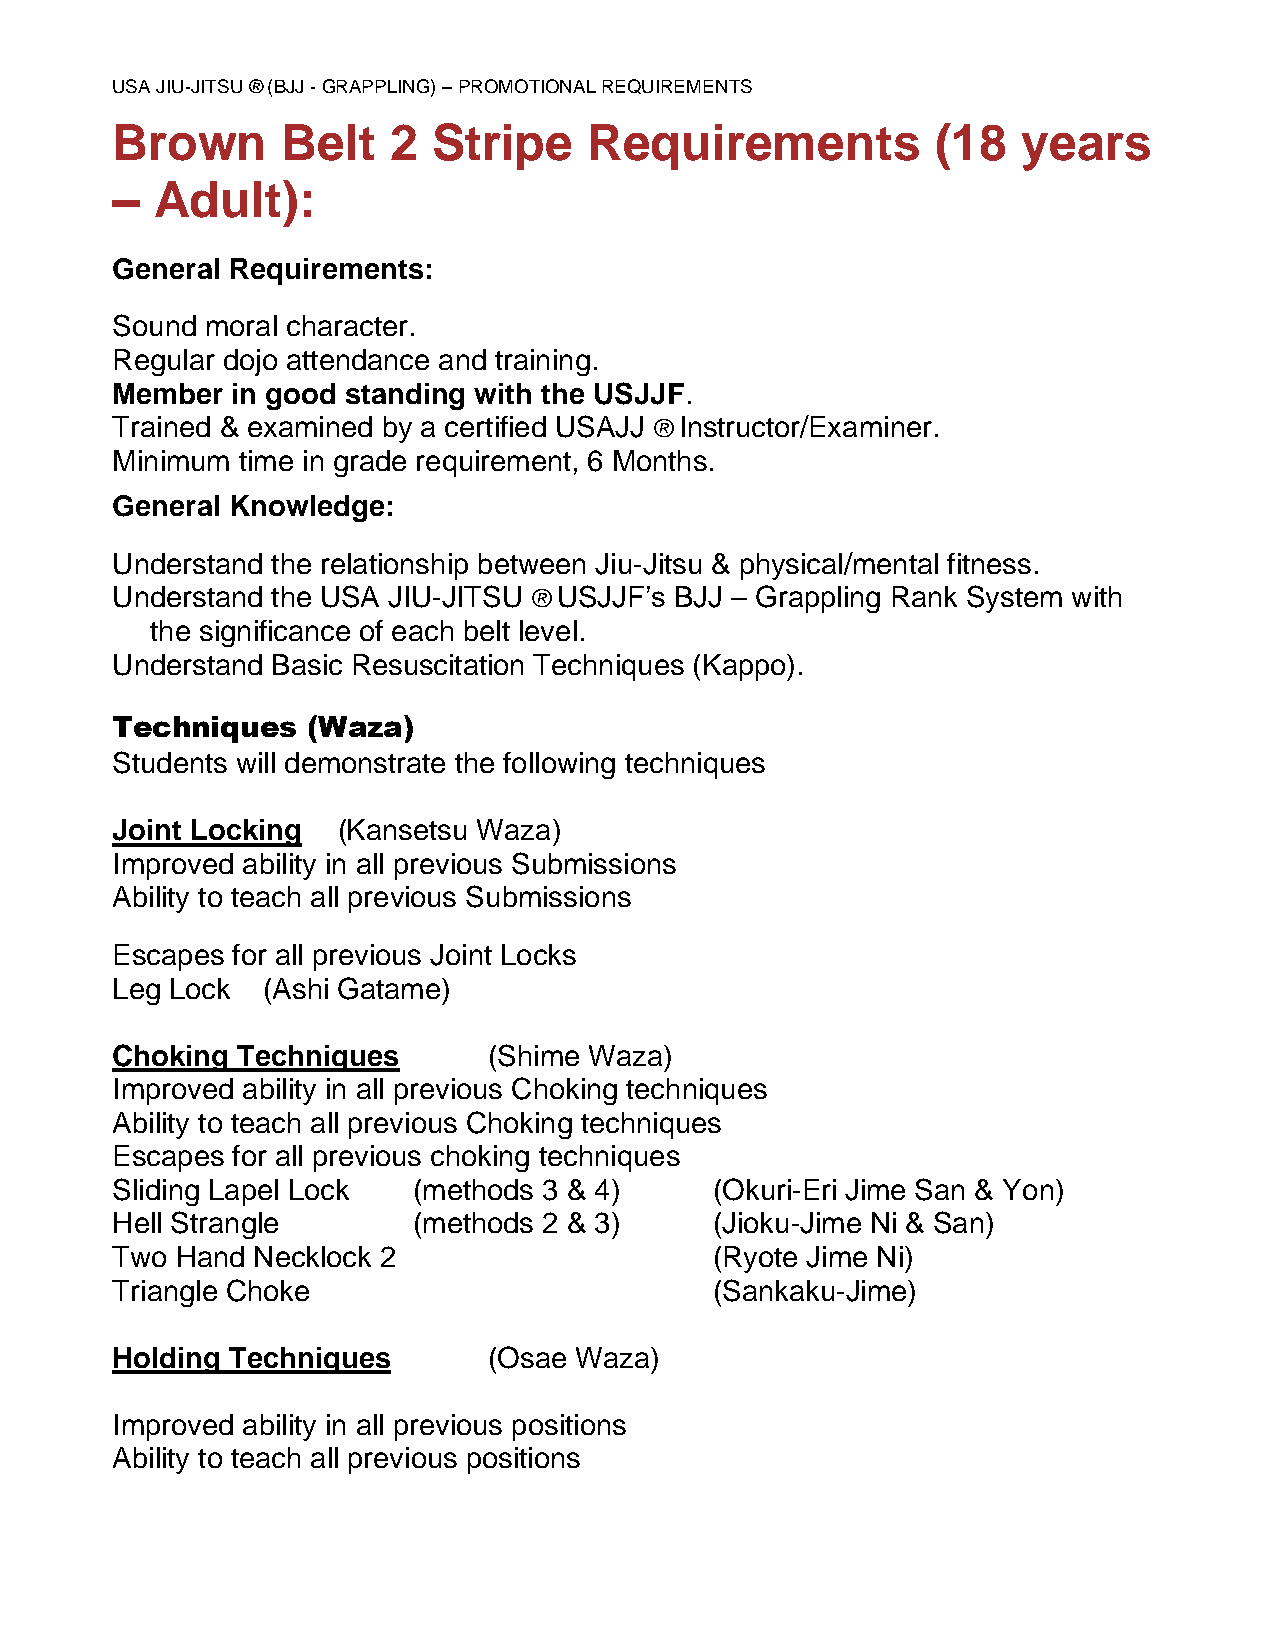
USA JIU-JITSU ® (BJJ - GRAPPLING) – PROMOTIONAL REQUIREMENTS
 Brown       Belt   2  Stripe    Requirements           (18   years
 –  Adult):
 General Requirements:
 Sound  moral character.
 Regular dojo attendance and training.
 Member  in good standing with the USJJF.
 Trained & examined by a certified USAJJ ® Instructor/Examiner.
 Minimum  time in grade requirement, 6 Months.
 General Knowledge:
 Understand the relationship between Jiu-Jitsu & physical/mental fitness.
 Understand the USA JIU-JITSU ® USJJF’s BJJ – Grappling Rank System with
 the significance of each belt level.
 Understand Basic Resuscitation Techniques (Kappo).
 Techniques   (Waza)
 Students will demonstrate the following techniques
 Joint Locking  (Kansetsu Waza)
 Improved ability in all previous Submissions
 Ability to teach all previous Submissions
 Escapes for all previous Joint Locks
 Leg Lock  (Ashi Gatame)
 Choking  Techniques      (Shime Waza)
 Improved ability in all previous Choking techniques
 Ability to teach all previous Choking techniques
 Escapes for all previous choking techniques
 Sliding Lapel Lock  (methods 3 & 4)     (Okuri-Eri Jime San & Yon)
 Hell Strangle       (methods 2 & 3)     (Jioku-Jime Ni & San)
 Two  Hand Necklock 2                    (Ryote Jime Ni)
 Triangle Choke                          (Sankaku-Jime)
 Holding Techniques       (Osae Waza)
 Improved ability in all previous positions
 Ability to teach all previous positions